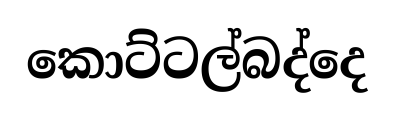
කොට්ටල්බද්දෙ